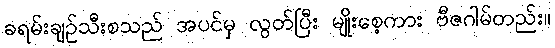
ခရမ်းချဉ်သီးစသည် အပင်မှ လွတ်ပြီး မျိုးစေ့ကား ဗီဇဂါမ်တည်း။